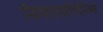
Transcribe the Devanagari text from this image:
सिफाल्सोपोरिन्स